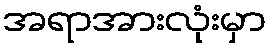
အရာအားလုံးမှာ